Annual administration report of the Civil Veterinary Department of India - 1896-1897
Year: 1896
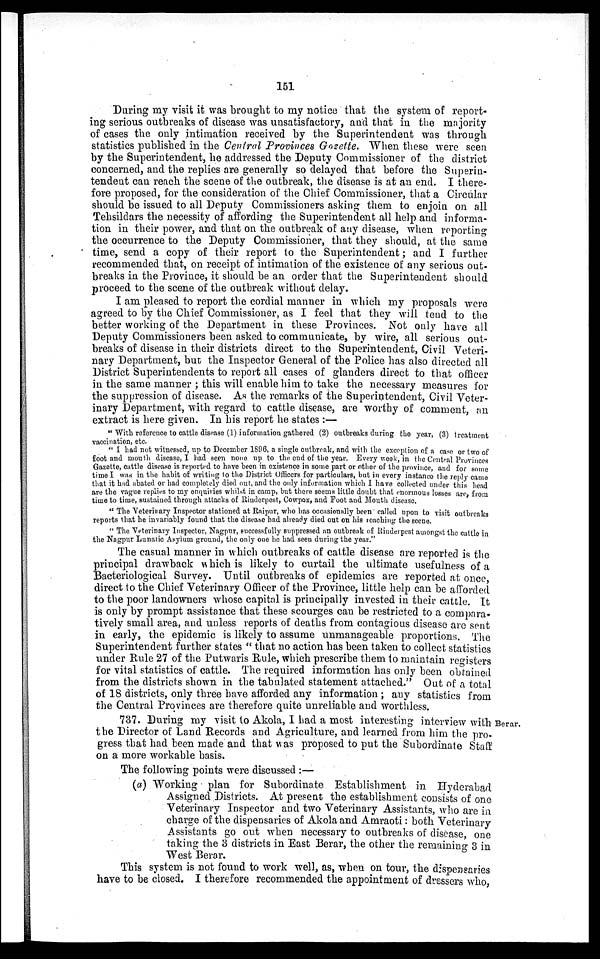
151
During my visit it was brought to my notice that the system of report-
ing serious outbreaks of disease was unsatisfactory, and that in the majority
of cases the only intimation received by the Superintendent was through
statistics published in the Central Provinces Gozette. When these were seen
by the Superintendent, he addressed the Deputy Commissioner of the district
concerned, and the replies are generally so delayed that before the Superin-
tendent can reach the scene of the outbreak, the disease is at an end. I there-
fore proposed, for the consideration of the Chief Commissioner, that a Circular
should be issued to all Deputy Commissioners asking them to enjoin on all
Tehsildars the necessity of affording the Superintendent all help and informa-
tion in their power, and that on the outbreak of any disease, when reporting
the occurrence to the Deputy Commissioner, that they should, at the same
time, send a copy of their report to the Superintendent; and I further
recommended that, on receipt of intimation of the existence of any serious out-
breaks in the Province, it should be an order that the Superintendent should
proceed to the scene of the outbreak without delay.
I am pleased to report the cordial manner in which my proposals were
agreed to by the Chief Commissioner, as I feel that they will tend to the
better working of the Department in these Provinces. Not only have all
Deputy Commissioners been asked to communicate, by wire, all serious out-
breaks of disease in their districts direct to the Superintendent, Civil Veteri-
nary Department, but the Inspector General of the Police has also directed all
District Superintendents to report all cases of glanders direct to that officer
in the same manner; this will enable him to take the necessary measures for
the suppression of disease. As the remarks of the Superintendent, Civil Veter-
inary Department, with regard to cattle disease, are worthy of comment, an
extract is here given. In his report he states:—
"With reference to cattle disease (1) information gathered (2) outbreaks during the year, (3) treatment
vaccination, etc.
"I had not witnessed, up to December 1896, a single outbreak, and with the exception of a case or two of
foot and mouth disease, I had seen none up to the end of the year. Every week, in the Central Provinces
Gazette, cattle disease is reported to have been in existence in some part or other of the province, and for some
time I was in the habit of writing to the District Officers for particulars, but in every instance the reply came
that it had abated or had completely died out, and the only information which I have collected under this head
are the vague replies to my enquiries whilst in camp, but there seems little doubt that enormous losses are, from
time to time, sustained through attacks of Rinderpest, Cowpox, and Foot and Mouth disease.
"The Veterinary Inspector stationed at Raipur, who has occasionally been called upon to visit outbreaks
reports that he invariably found that the disease had already died out on his reaching the scene.
"The Veterinary Inspector, Nagpur, successfully suppressed an outbreak of Rinderpest amongst the cattle in
the Nagpur Lunatic Asylum ground, the only one he had seen during the year."
The casual manner in which outbreaks of cattle disease are reported is the
principal drawback which is likely to curtail the ultimate usefulness of a
Bacteriological Survey. Until outbreaks of epidemics are reported at once,
direct to the Chief Veterinary Officer of the Province, little help can be afforded
to the poor landowners whose capital is principally invested in their cattle. It
is only by prompt assistance that these scourges can be restricted to a compara-
tively small area, and unless reports of deaths from contagious disease are sent
in early, the epidemic is likely to assume unmanageable proportions. The
Superintendent further states "that no action has been taken to collect statistics
under Rule 27 of the Putwaris Rule, which prescribe them to maintain registers
for vital statistics of cattle. The required information has only been obtained
from the districts shown in the tabulated statement attached." Out of a total
of 18 districts, only three have afforded any information; any statistics from
the Central Provinces are therefore quite unreliable and worthless.
Berar.
737. During my visit to Akola, I had a most interesting interview with
the Director of Land Records and Agriculture, and learned from him the pro-
gress that had been made and that was proposed to put the Subordinate Staff
on a more workable basis.
The following points were discussed:—
(a) Working plan for Subordinate Establishment in Hyderabad
Assigned Districts. At present the establishment consists of one
Veterinary Inspector and two Veterinary Assistants, who are in
charge of the dispensaries of Akola and Amraoti: both Veterinary
Assistants go out when necessary to outbreaks of disease, one
taking the 3 districts in East Berar, the other the remaining 3 in
West Berar.
This system is not found to work well, as, when on tour, the dispensaries
have to be closed. I therefore recommended the appointment of dressers who,